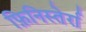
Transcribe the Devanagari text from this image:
फ़िनिस्तेर्रा